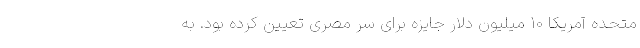
متحده آمریکا 10 میلیون دلار جایزه برای سر مصری تعیین کرده بود. به